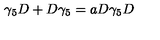
\gamma _ { 5 } D + D \gamma _ { 5 } = a D \gamma _ { 5 } D